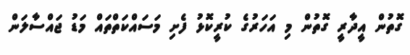
ގޮތުން އީދާރީ ގޮތުން މި އަހަރުގެ ކުރީކޮޅު ފެށި މަސައްކަތްތައް މަޑު ޖައްސާލަން